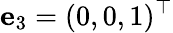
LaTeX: {\mathbf e}_{3}=(0,0,1)^{\top}